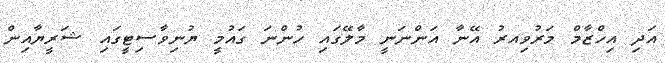
އަދި އިހްޒާމް މަރުވިއރު އޭނާ އަންނަނީ މާލޭގައި ހުންނަ ގައުމީ ޔުނިވާސިޓީގައި ޝަރީޔާއިން